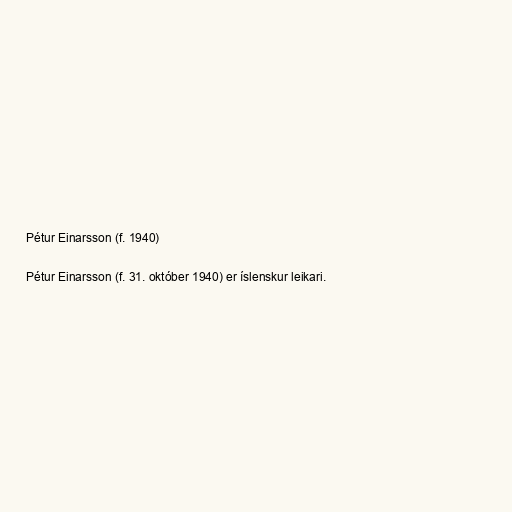
Pétur Einarsson (f. 1940)

Pétur Einarsson (f. 31. október 1940) er íslenskur leikari.